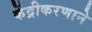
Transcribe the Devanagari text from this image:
केंद्रीकरणाने